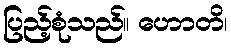
ပြည့်စုံသည်။ ဟောတိ၊